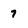
Character: 7